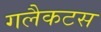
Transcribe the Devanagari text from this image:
गलैकटस